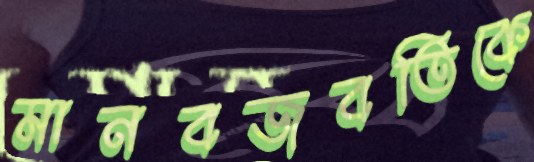
মানবজবতিকে